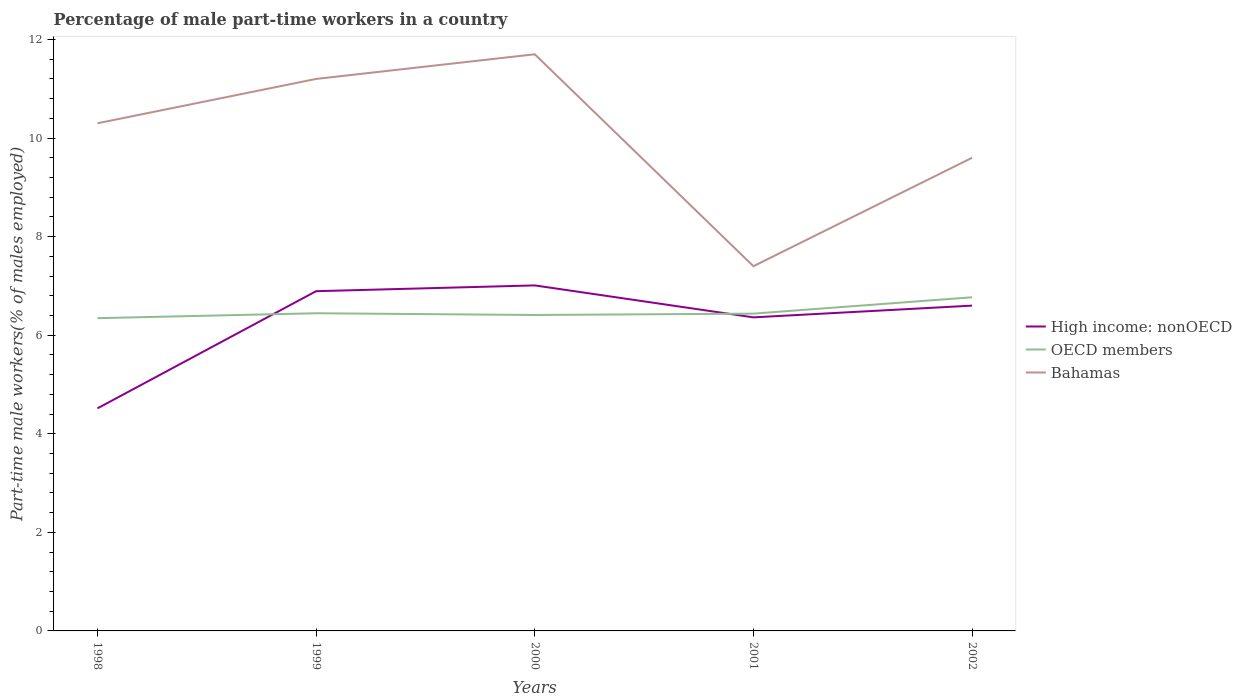
| Years | High income: nonOECD | OECD members | Bahamas |
 | --- | --- | --- | --- |
 | 1998 | 4.52 | 6.35 | 10.3 |
 | 1999 | 6.89 | 6.45 | 11.2 |
 | 2000 | 7.01 | 6.41 | 11.7 |
 | 2001 | 6.36 | 6.44 | 7.4 |
 | 2002 | 6.6 | 6.77 | 9.6 |